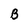
Character: B